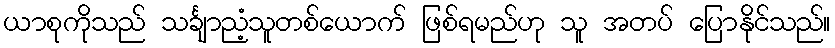
ယာစုကိုသည် သင်္ချာညံ့သူတစ်ယောက် ဖြစ်ရမည်ဟု သူ အတပ် ပြောနိုင်သည်။